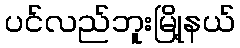
ပင်လည်ဘူးမြို့နယ်